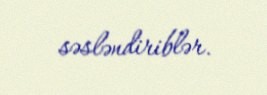
səsləndiriblər.